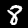
Label: 8